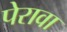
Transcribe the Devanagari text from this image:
पेरावा